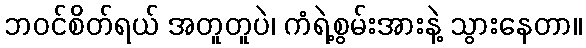
ဘဝင်စိတ်ရယ် အတူတူပဲ၊ ကံရဲ့စွမ်းအားနဲ့ သွားနေတာ။